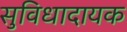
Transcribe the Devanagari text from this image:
सुविधादायक